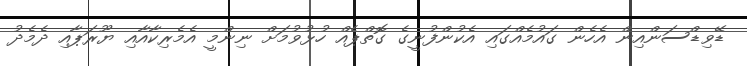
ޑޭވިޑްސަންއިން އެހެން ގައުމެއްގައި އެކުންފުނީގެ ގޮތްޕެއް ހުޅުވުމަށް ނިންމީ އެމެރިކާއާއި ޔޫރަޕާއި ދެމެދު